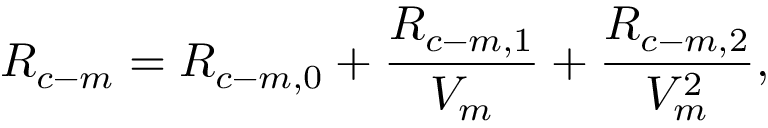
R _ { c - m } = R _ { c - m , 0 } + \frac { R _ { c - m , 1 } } { V _ { m } } + \frac { R _ { c - m , 2 } } { V _ { m } ^ { 2 } } ,